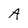
Character: A